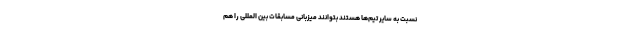
نسبت به سایر تیم‌ها هستند بتوانند میزبانی مسابقات بین المللی را هم